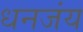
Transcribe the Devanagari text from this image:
धनजंय